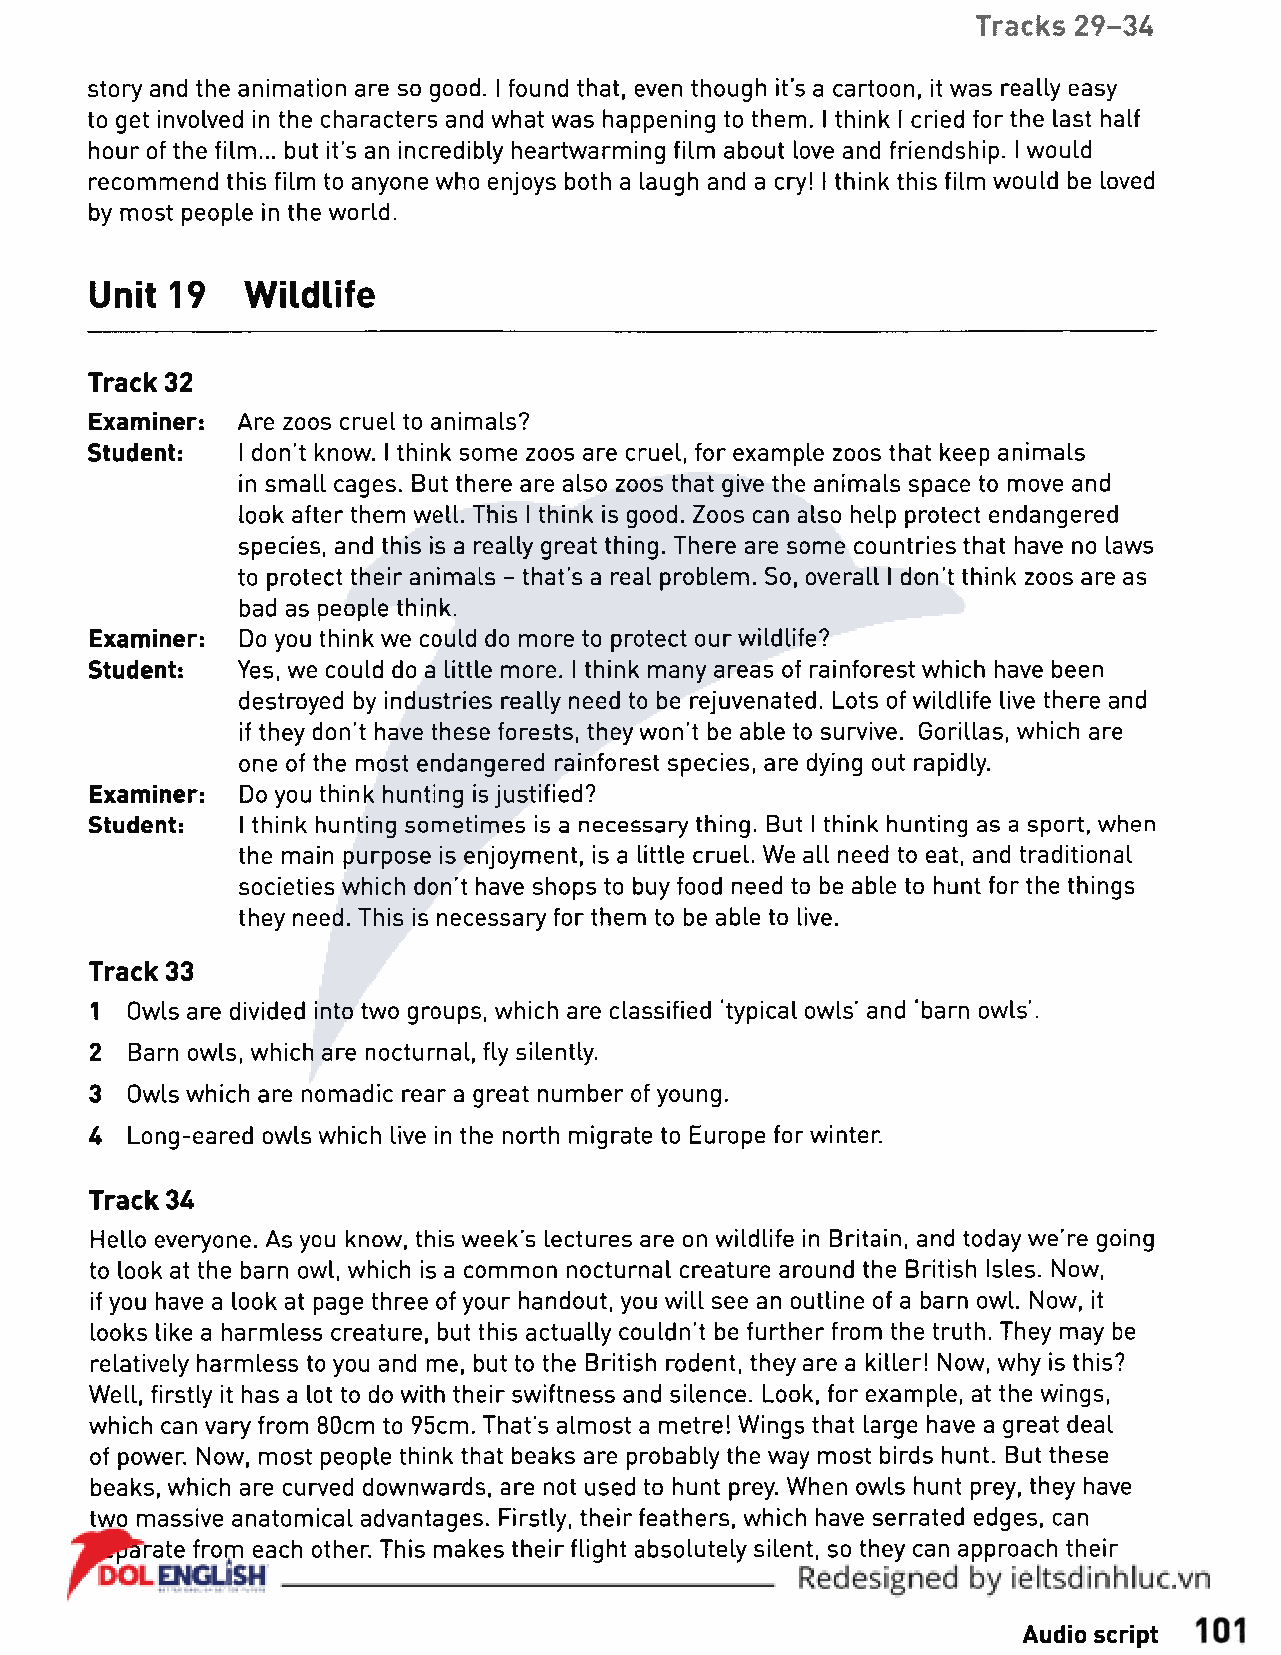
Tracks 29-34
 story and the animation are so good. I found that, even though it's a cartoon, it was really easy
 to get involved in the characters and what was happening to them. I think I cried for the last half
 hour of the film... but it's an incredibly heartwarming film about love and friendship. I would
 recommend this film to anyone who enjoys both a laugh and a cry! I think this film would be loved
 by most people in the world.
 Unit 19   Wildlife
 Track 32
 Examiner: Are zoos cruel to animals?
 Student:  I don’t know. I think some zoos are cruel, for example zoos that keep animals
 in small cages. But there are also zoos that give the animals space to move and
 look after them well. This i think is good. Zoos can also help protect endangered
 species, and this is a really great thing. There are some countries that have no laws
 to protect their animals - that’s a real problem. So, overall I don't think zoos are as
 bad as people think.
 Examiner: Do you think we could do more to protect our wildlife?
 Student: Yes, we could do a little more. I think many areas of rainforest which have been
 destroyed by industries really need to be rejuvenated. Lots of wildlife live there and
 if they don’t have these forests, they won’t be able to survive. Gorillas, which are
 one of the most endangered rainforest species, are dying out rapidly.
 Examiner: Do you think hunting is justified?
 Student: I think hunting sometimes is a necessary thing. But I think hunting as a sport, when
 the main purpose is enjoyment, is a little cruel. We all need to eat, and traditional
 societies which don’t have shops to buy food need to be able to hunt for the things
 they need. This is necessary for them to be able to live.
 Track 33
 1 Owls are divided into two groups, which are classified 'typical owls’ and ‘barn owls'.
 2  Barn owls, which are nocturnal, fly silently.
 3 Owls which are nomadic rear a great number of young.
 U Long-eared owls which live in the north migrate to Europe for winter.
 Track 34
 Hello everyone. As you know, this week’s lectures are on wildlife in Britain, and today we’re going
 to look at the barn owl, which is a common nocturnal creature around the British Isles. Now,
 if you have a look at page three of your handout, you will see an outline of a barn owl. Now, it
 looks like a harmless creature, but this actually couldn’t be further from the truth. They may be
 relatively harmless to you and me, but to the British rodent, they are a killer! Now, why is this?
 Well, firstly it has a lot to do with their swiftness and silence. Look, for example, at the wings,
 which can vary from 80cm to 95cm. That’s almost a metre! Wings that large have a great deal
 of power. Now, most people think that beaks are probably the way most birds hunt. But these
 beaks, which are curved downwards, are not used to hunt prey. When owls hunt prey, they have
 two massive anatomical advantages. Firstly, their feathers, which have serrated edges, can
 separate from each other. This makes their flight absolutely silent, so they can approach their
 Audio script